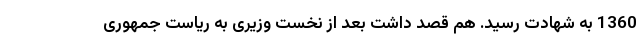
1360 به شهادت رسید. هم قصد داشت بعد از نخست وزیری به ریاست جمهوری